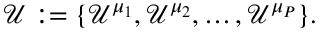
\mathcal { U } : = \{ \mathcal { U } ^ { \mu _ { 1 } } , \mathcal { U } ^ { \mu _ { 2 } } , \dots , \mathcal { U } ^ { \mu _ { P } } \} .